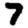
Digit: 7